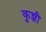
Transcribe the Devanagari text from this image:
कुन्जी